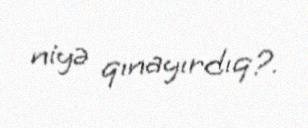
niyə qınayırdıq?.